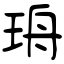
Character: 珘